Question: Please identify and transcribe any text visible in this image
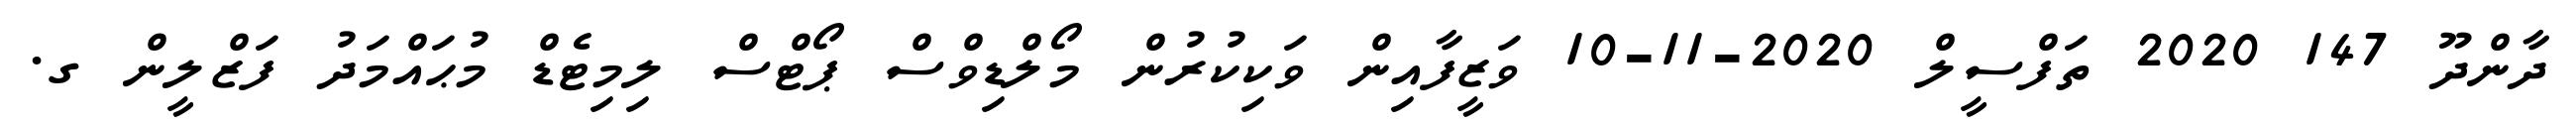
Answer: ދާންދޫ 147 2020 ތަފްސީލް 2020-11-10 ވަޒީފާއިން ވަކިކުރުން މޯލްޑިވްސް ޕޯޓްސް ލިމިޓެޑް މުޙައްމަދު ފަޒްލީން ގ.